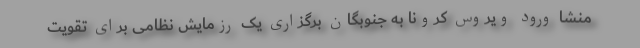
منشا ورود ویروس کرونا به جنوبگان برگزاری یک رزمایش نظامی برای تقویت